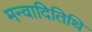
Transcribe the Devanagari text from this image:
मन्वादितिथि